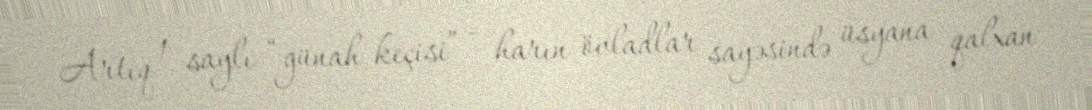
Artıq 1 saylı “günah keçisi” - harın övladlar sayəsində üsyana qalxan